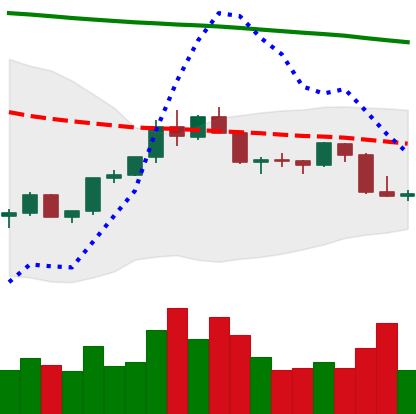
Ticker: LTC-USD
Chart end date: 2022-02-19
Forward return: -9.92%
Label: down_7plus